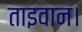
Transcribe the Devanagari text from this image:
ताइवान।